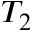
T _ { 2 }